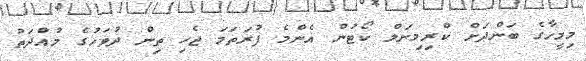
މިމީހާގެ ބަންދަށް ކްރިމިނަލް ކޯޓުން އެންމެ ފުރަތަމަ ޖެހި ތިން ދުވަހުގެ މުއްދަތު